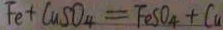
F e + C u S O _ { 4 } = F e S O _ { 4 } + C u